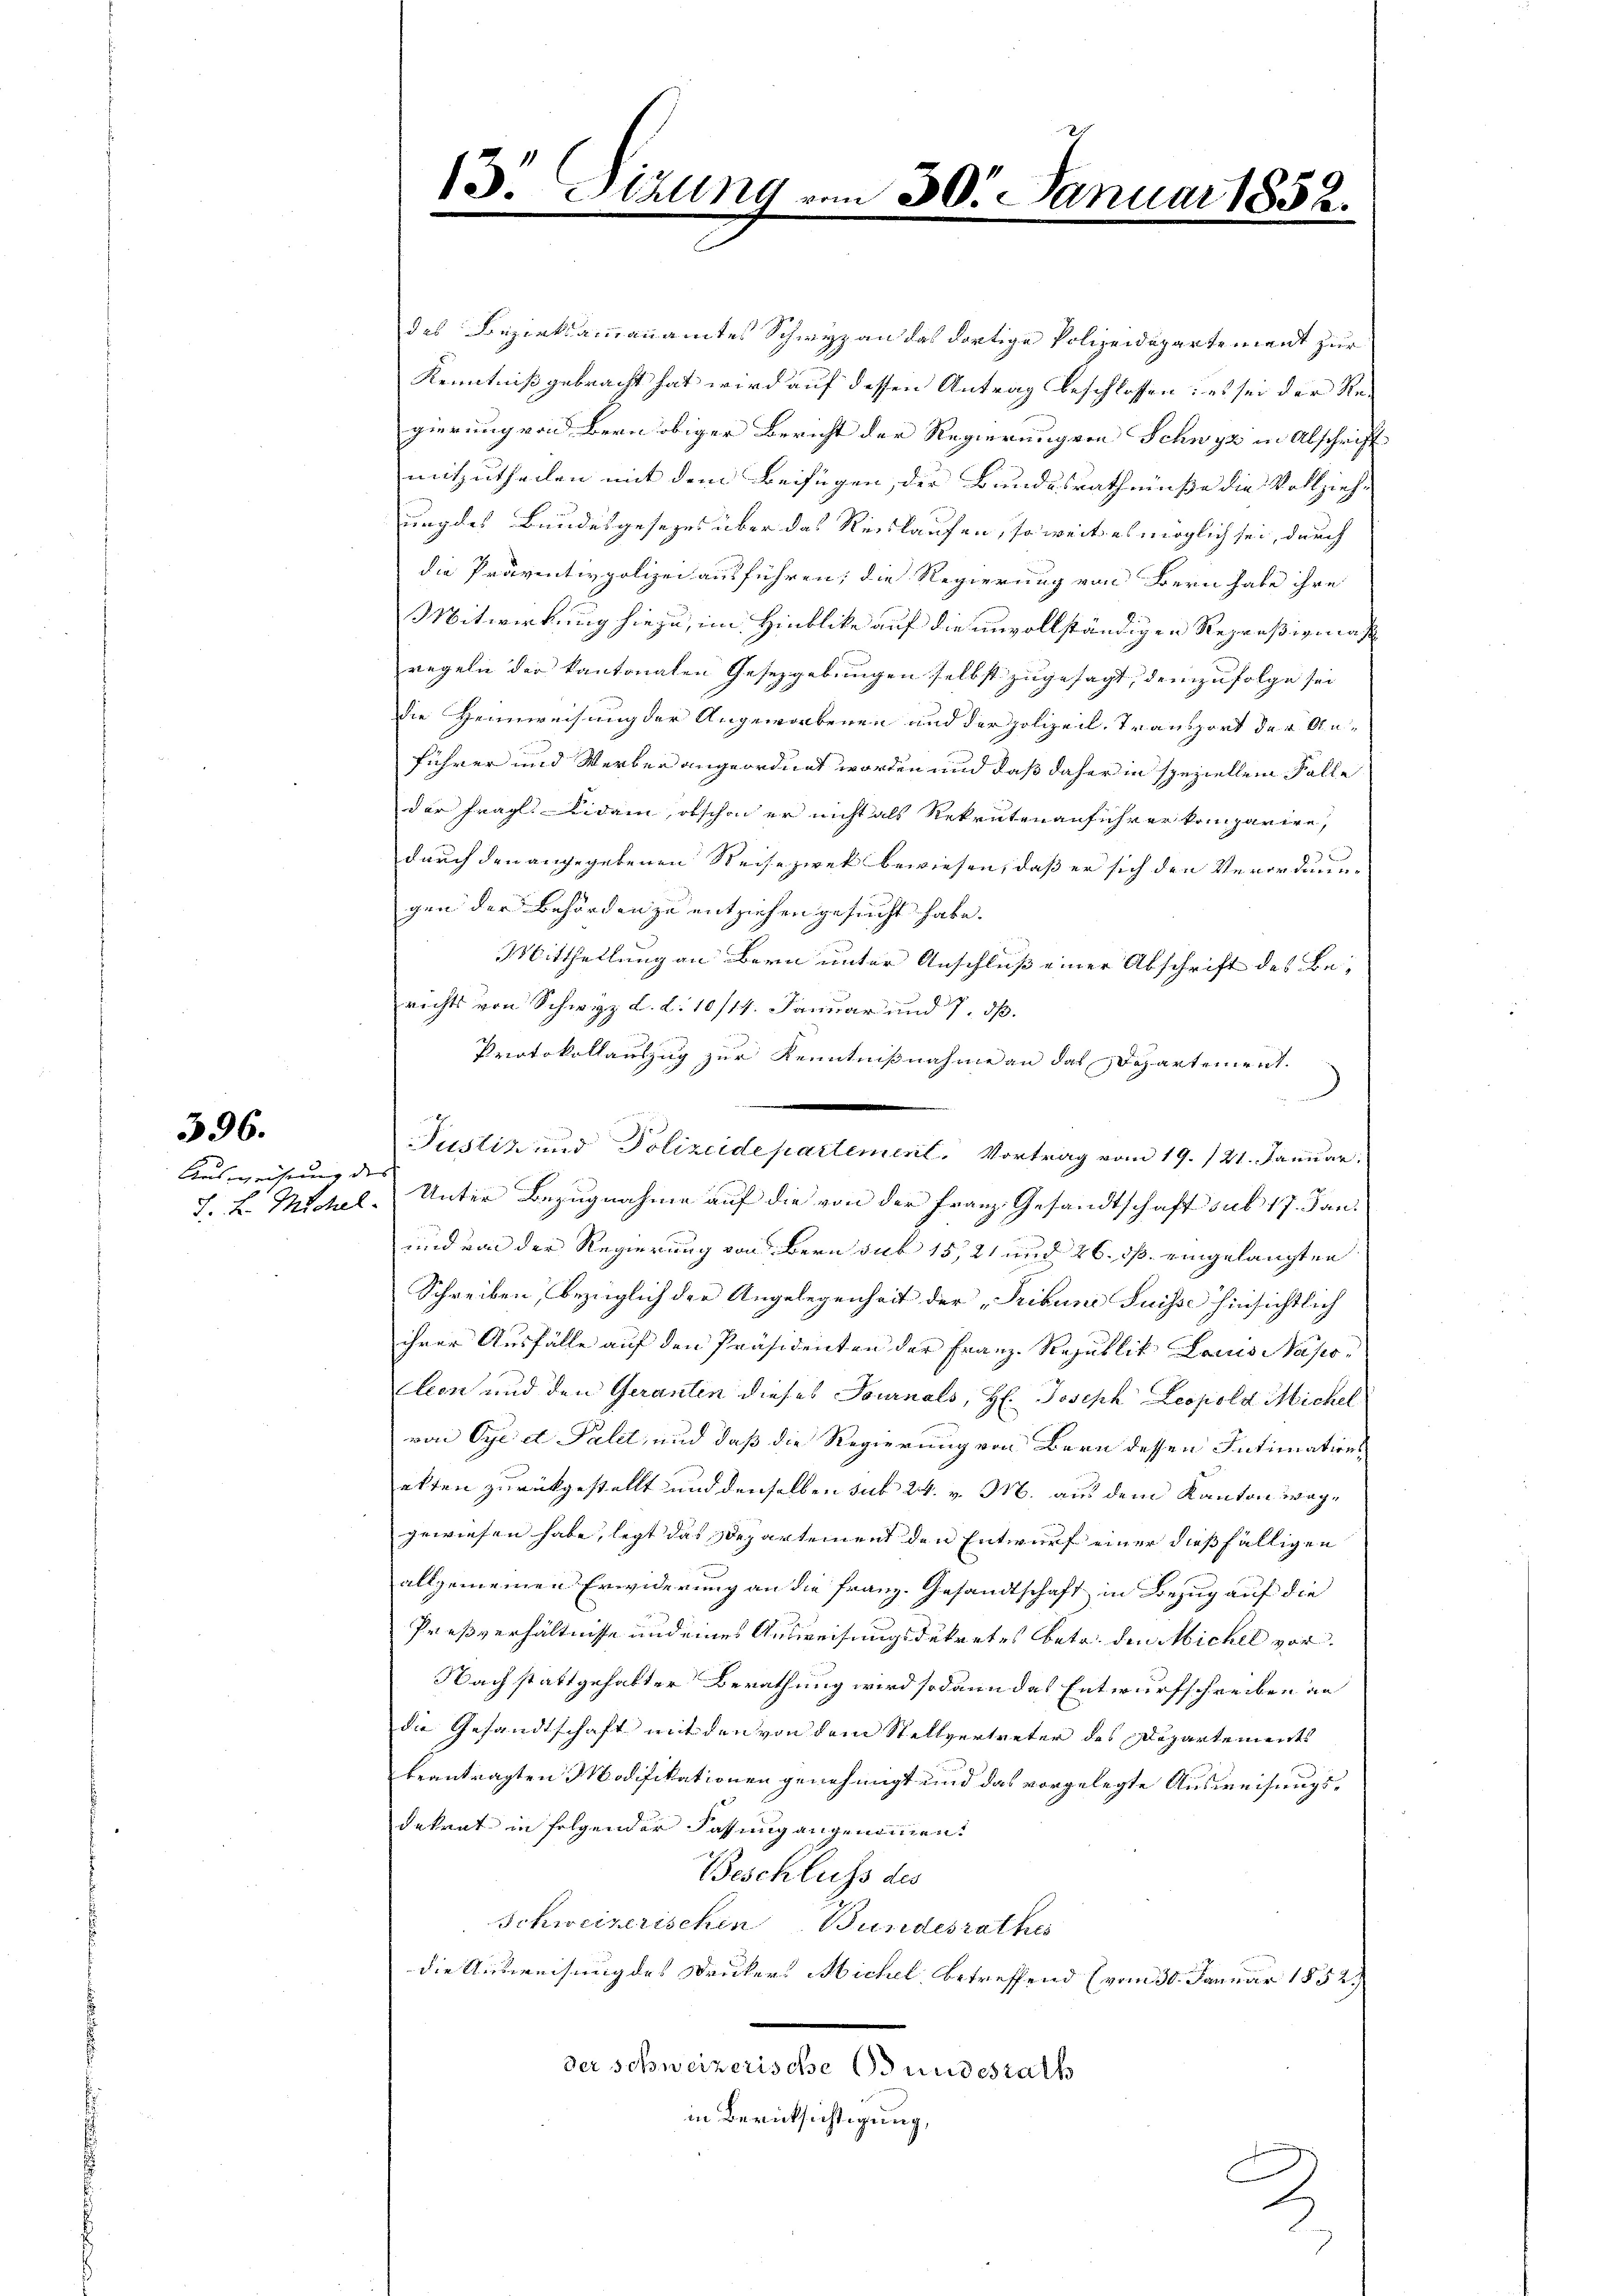
396.
Ausweisung der

13. Sizung u.

30. Januar 1858.

des Bezirksammannamtes Schwyz an das dortige Polizeidepartement zur
Kenntniß gebracht hat wird auf dessen Antrag beschlossen: es sei der Regierung von Bern obiger Bericht der Regierungern Schwyz in Abschrift
mitzutheilen mit dem Beifügen, der Bundesrath müße die Vollzieh-
ung des Bundesgesezes über das Reislaufen, so weit es möglich sei, durch
die Präventivpolizei ausführen; die Regierung von Bern habe ihre
Mitwirkung hiezu, im Hinblicke auf die unvollständigen Regreßigmas
regeln der kantonalen Gesetzgebungen selbst zugesagt, demzufolge sei
die Heimweisung der Angeworbenen und der Polizeil, Transport der Anführer und Werber angeordnet worden und daß daher in speziellem Falle
der fragl. Fidam, obschon er nicht als Rekruten anführer komparire,
durch den angegebenen Reise zwek bewiesen, dass er sich den Verordnung
gen der Behörden zu entziehen gesucht habe.
Mittheilung an Bern unter Anschluß einer Abschrift des Berechts von Schwyz d. d. 10/14. Januar und 7. dß.
Protokollauszug zur Kenntnißnahme an das Departement.

.
Justiz und Polizeidepartement. Vortrag vom 19./21. Januar.

J. L. Michel. Unter Bezugnahme auf die von der Franz Gesandtschaft sub 17. Jan.
und von der Regierung von Bern sub 15, 21 und 26. ds. eingelangten
Schreiben, bezüglich der Angelegenheit der „Tribuna Suisse hinsichtlich
ihrer Ausfälle auf den Präsidenten der Franz-Republik Louis Napo-
leen und den Geranten dieses Journals, H. Joseph Leopold Michel
von Oye et Palet, und daß die Regierung von Bern dessen Intimationsetten zurückgestellt und denselben sub 24. v. M. aus dem Kanton weggewiesen habe, legt das Departement den Entwurf einer dießfälligen
allgemeinen Erwiderung an die Franz. Gesandtschaft in Bezug auf die
Preßverhältnisse und eines Ausweisungsdekretes betr. den Michel vor¬
Nach stattgehabter Berathung wird sodann das Entwurfschreiben an
die Gesandtschaft mit den von dem Stellvertreter des Departements
beantragten Modifikationen genehmigt und das vorgelegte Ausweisungsdekrat in folgender Fassung angenommen,
Beschluss des
Schweizerischen Bundesrathes
die Ausweisung des Druckers Michel, betreffend (vom 30. Januar 1852.
der schweizerische Bundesrath
in Berücksichtigung,

J